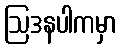
ဩဒနပါကမှာ